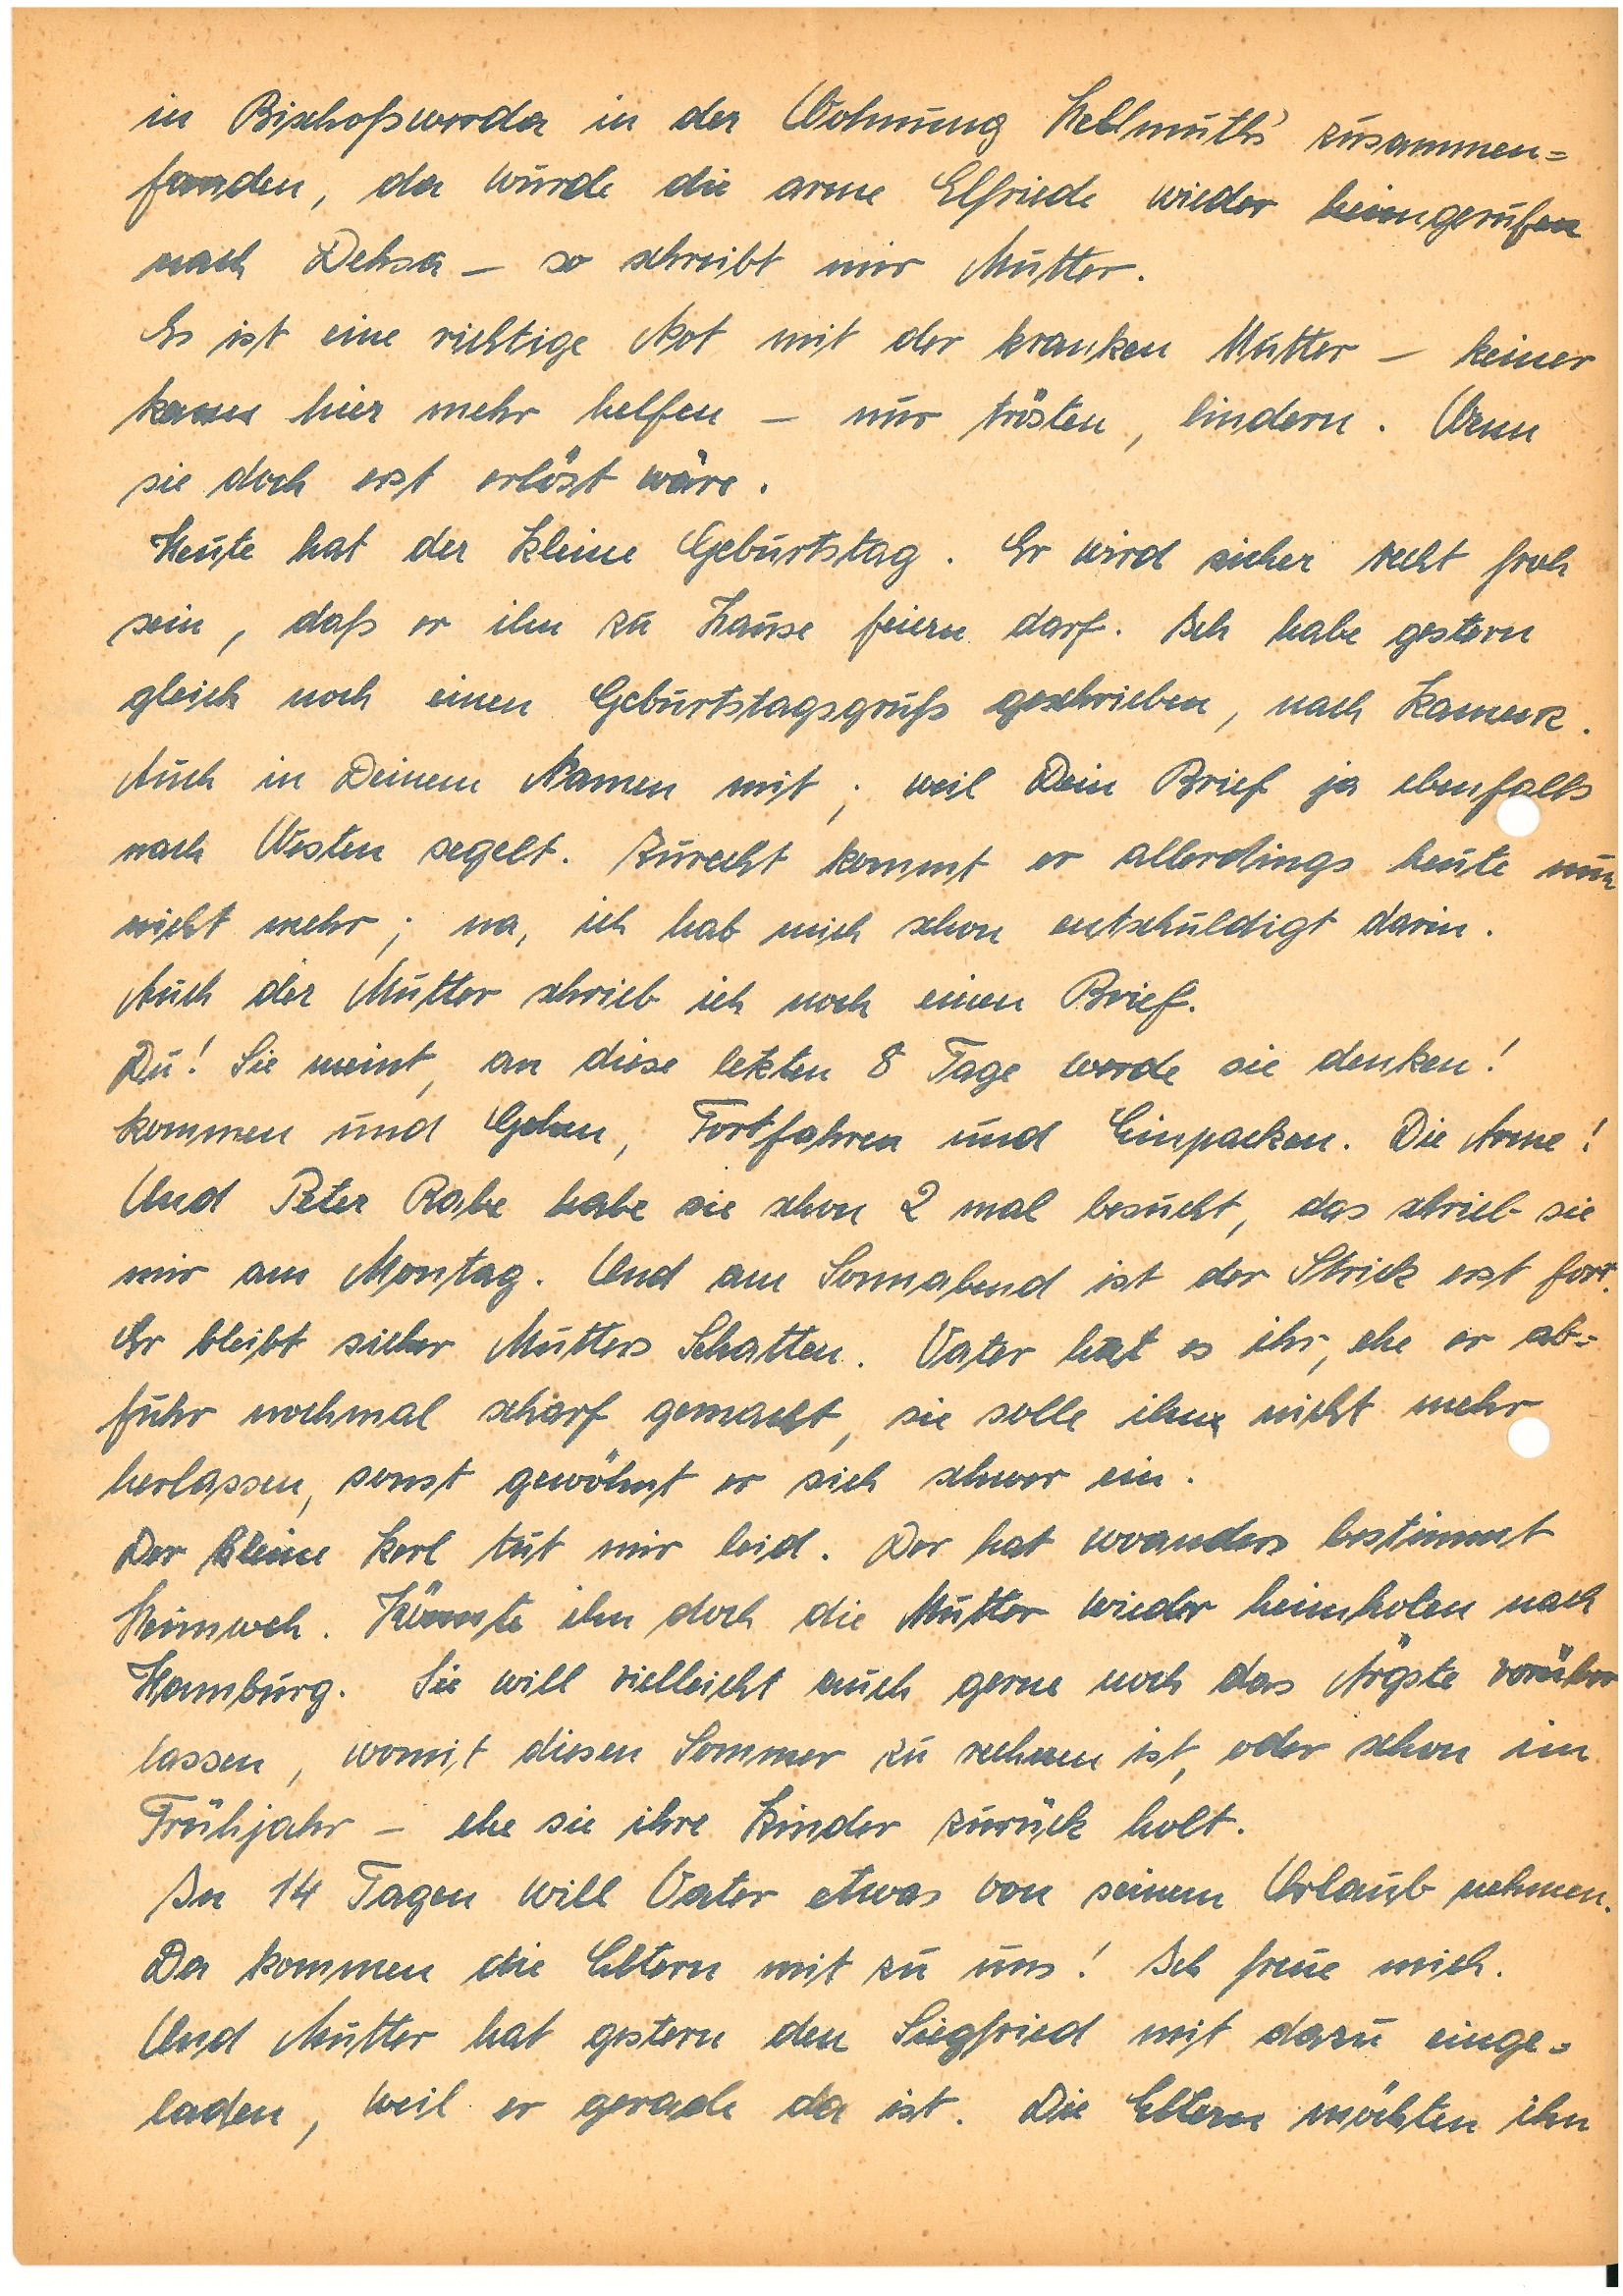
in B. in der Wohnung H.´s zusammen¬
fanden, da wurde die arme E. wieder heimgerufen
nach D. – so schreibt mir Mutter.
Es ist eine richtige Not mit der kranken Mutter – keiner
kann hier mehr helfen – nur trösten, lindern. Wenn
sie doch erst erlöst wäre.
Heute hat der Kleine Geburtstag. Er wird sicher recht froh
sein, daß er ihn zu Hause feiern darf. Ich habe gestern
gleich noch einen Geburtstagsgruß geschrieben, nach K.
Auch in Deinem Namen mit; weil Dein Brief ja ebenfalls
nach Westen segelt. Zurecht kommt er allerdings heute nun
nicht mehr; na, ich hab mich schon entschuldigt darin.
Auch der Mutter schrieb ich noch einen Brief.
Du! Sie meint, an diese letzten 8 Tage werde sie denken!
Kommen und Gehen, Fortfahren und Einpacken. Die Arme!
Und Peter R. habe sie schon 2 mal besucht, das schrieb sie
mir am Montag. Und am Sonnabend ist der S.  erst fort.
Er bleibt sicher Mutters Schatten. Vater hat es ihr, ehe er ab¬
fuhr nochmal scharf gemacht, sie solle ihn nicht mehr
herlassen, sonst gewöhnt er sich schwer ein.
Der kleine Kerl tut mir leid. Der hat woanders bestimmt
Heimweh. Könnte ihn doch die Mutter wieder heimholen nach
Hamburg. Sie will vielleicht auch gerne noch das Ärgste vorüber
lassen, womit diesen Sommer zu rechnen ist, oder schon im
Frühjahr – ehe sie ihre Kinder zurück holt.
In 14 Tagen will Vater etwas von seinem Urlaub nehmen.
Da kommen die Eltern mit zu uns! Ich freue mich.
Und Mutter hat gestern den S. mit dazu einge¬
laden, weil er gerade da ist. Die Eltern möchten ihn